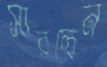
সারছেন